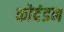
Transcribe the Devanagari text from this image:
कोदंडन